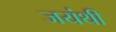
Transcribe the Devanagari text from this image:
जयंथी